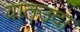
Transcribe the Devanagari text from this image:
वातउदा